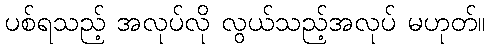
ပစ်ရသည့် အလုပ်လို လွယ်သည့်အလုပ် မဟုတ်။